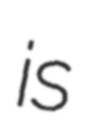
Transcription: is